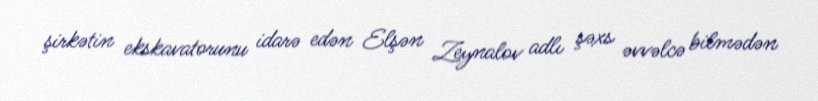
şirkətin ekskavatorunu idarə edən Elşən Zeynalov adlı şəxs əvvəlcə bilmədən